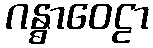
ဂန္ဓာဝေဠာ